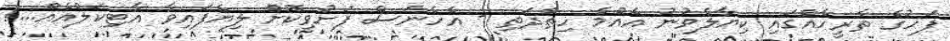
ފަހުގެ ތާރީހެއްގައި ކިޔާލެވުނު އެއްމެ ހިތްދަތި - އެހެނަސް ފަށުވިކޮށް ލިޔެފައިވާ އާޓިކަލްއެއް...!